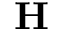
\mathbf { H }